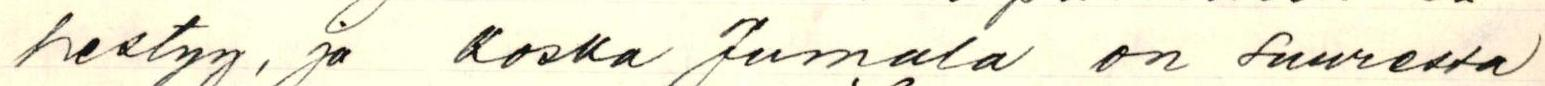
hestyy, ja koska Jumala on suuressa